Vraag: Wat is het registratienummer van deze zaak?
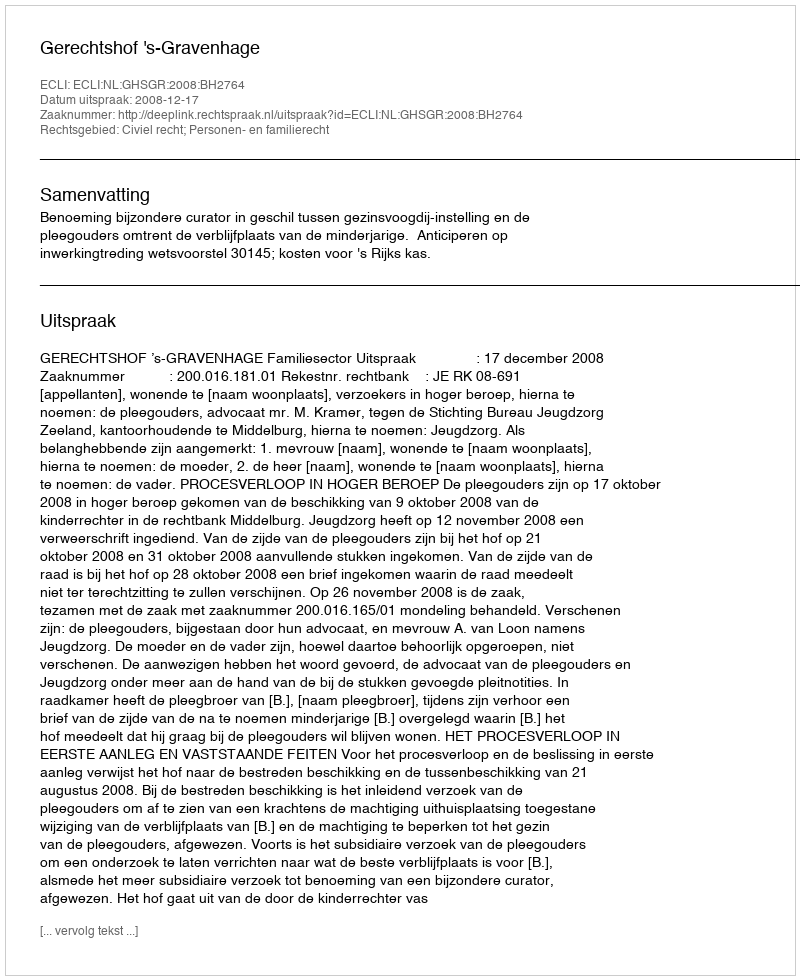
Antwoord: http://deeplink.rechtspraak.nl/uitspraak?id=ECLI:NL:GHSGR:2008:BH2764